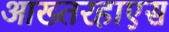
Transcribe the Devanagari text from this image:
आख्तरहाएस